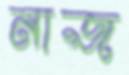
নাজ